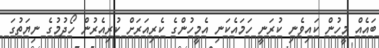
ބައެއް މީހުން ކައިވެނި ކުރަނީ ހަމައެކަނި އެމީހުންގެ ކެރިއަރަށް ކުރިއެރުން ހޯދުމުގެ ނިޔަތުގަ